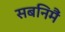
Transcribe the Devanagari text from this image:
सबनिमैं